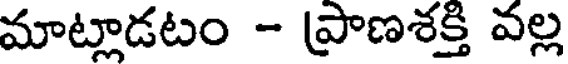
మాట్లాడటం - ప్రాణశక్తి వల్ల